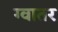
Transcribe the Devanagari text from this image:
ग्वातर